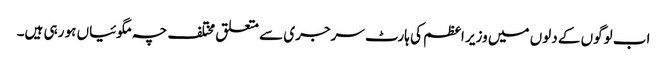
اب لوگوں کے دلوں میں وزیر اعظم کی ہارٹ سرجری سے متعلق مختلف چہ مگوئیاں ہو رہی ہیں۔